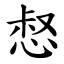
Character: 惄